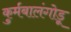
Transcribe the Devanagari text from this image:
कुर्मबालंगोडू